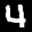
Label: 4